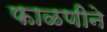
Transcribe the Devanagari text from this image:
फाळणीने